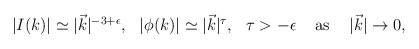
\begin{align*}\begin{array}{ccccc}|I(k)|\simeq |\vec k|^{-3+\epsilon }, & |\phi (k)|\simeq |\vec k|^\tau , & \tau >-\epsilon & {\rm \ as\ } & |\vec k|\rightarrow 0,\end{array}\end{align*}